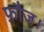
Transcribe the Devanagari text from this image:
फ़ौज।